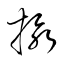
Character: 攝